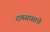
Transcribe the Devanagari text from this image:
दमसासाचे